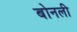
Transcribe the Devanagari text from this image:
बोनली